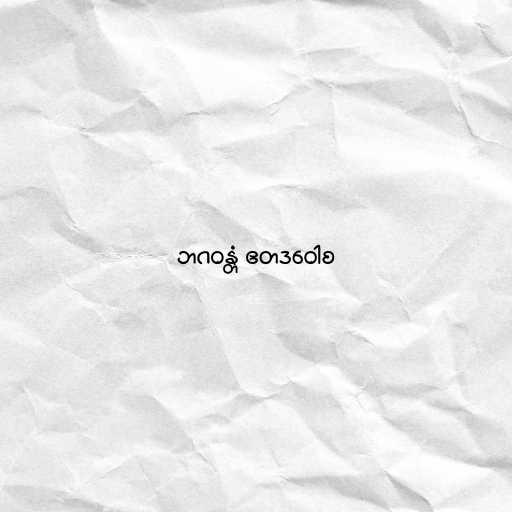
ဘဂဝန္တံ ဧတဒဝေါစ